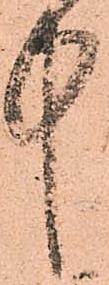
中